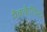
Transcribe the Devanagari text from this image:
मैककैलिस्टर